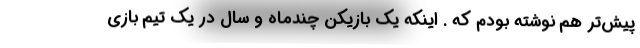
پیش‌تر هم نوشته بودم که . اینکه یک بازیکن چندماه و سال در یک تیم بازی